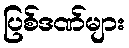
ပြစ်ဒဏ်များ